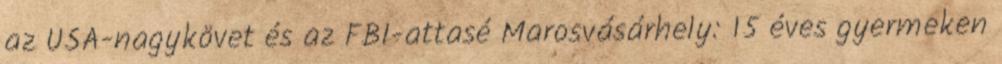
az USA-nagykövet és az FBI-attasé Marosvásárhely: 15 éves gyermeken